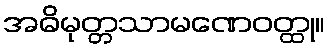
အဓိမုတ္တသာမဏေဝတ္ထု။